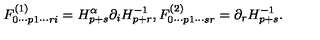
F _ { 0 \cdots p 1 \cdots r i } ^ { ( 1 ) } = H _ { p + s } ^ { \alpha } \partial _ { i } H _ { p + r } ^ { - 1 } , F _ { 0 \cdots p 1 \cdots s r } ^ { ( 2 ) } = \partial _ { r } H _ { p + s } ^ { - 1 } .